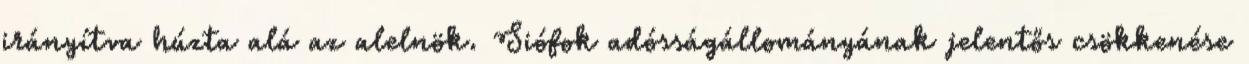
irányítva húzta alá az alelnök. Siófok adósságállományának jelentős csökkenése